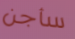
سأجن